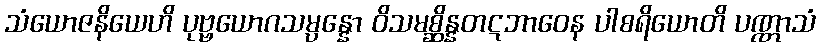
သံယောဇနိယေဟိ ပုဗ္ဗယောဂသမ္ပန္နော ဝိသမစ္ဆိန္နတဋဘာဝေန ပါစရိယောတိ ပဏ္ဏာသံ